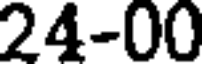
24-00